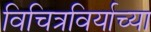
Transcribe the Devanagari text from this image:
विचित्रविर्याच्या